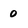
Character: 0